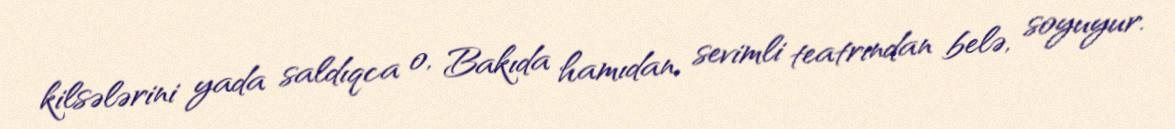
kilsələrini yada saldıqca o, Bakıda hamıdan, sevimli teatrından belə, soyuyur.